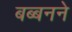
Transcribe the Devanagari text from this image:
बब्बनने